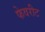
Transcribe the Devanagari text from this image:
फेवरीट